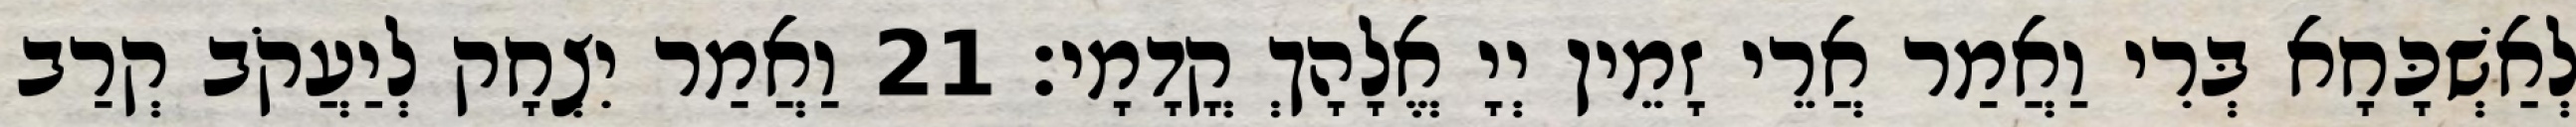
לְאַשְׁכָּחָא בְּרִי וַאֲמַר אֲרֵי זָמֵין יְיָ אֱלָהָךְ קֳדָמָי׃ 21 וַאֲמַר יִצְחָק לְיַעֲקֹב קְרַב